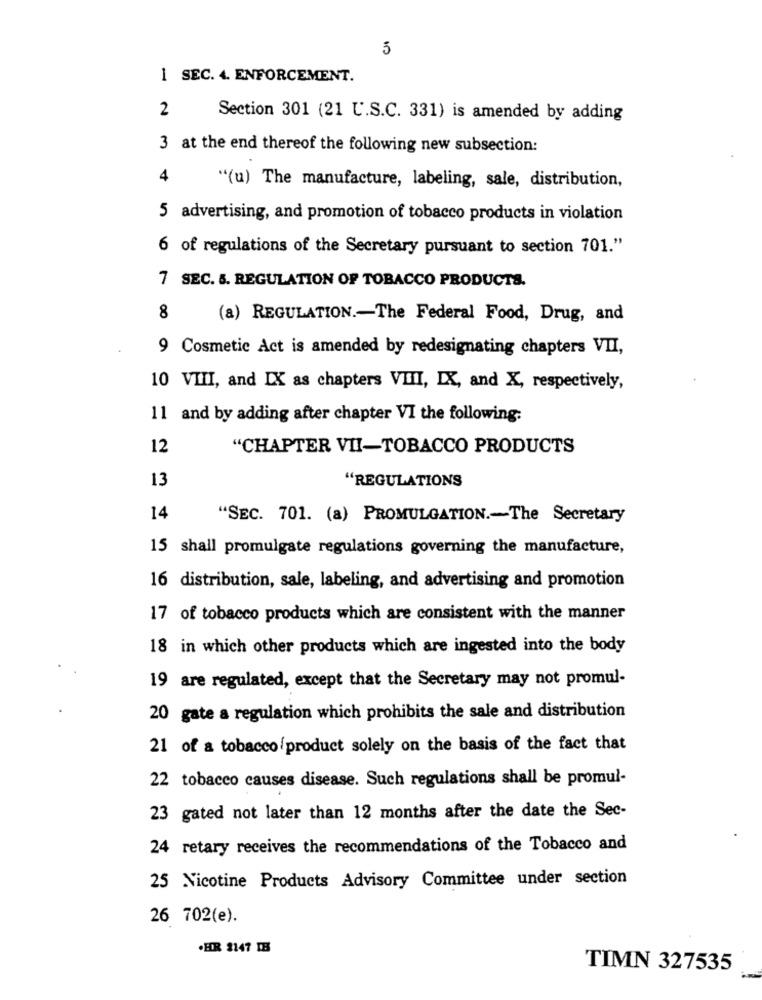
5
1 SEC. 4. ENFORCEMENT.
2
Section 301 (21 U.S.C. 331) is amended by adding
3 at the end thereof the following new subsection:
4
"(u) The manufacture, labeling, sale, distribution,
5 advertising, and promotion of tobacco products in violation
6 of regulations of the Secretary pursuant to section 701."
7 SEC. 5. REGULATION OF TOBACCO PRODUCTS.
8
(a) REGULATION .- The Federal Food, Drug, and
9 Cosmetic Act is amended by redesignating chapters VII,
10 VIII, and IX as chapters VIII, IX, and X, respectively,
11 and by adding after chapter VI the following:
12
"CHAPTER VII-TOBACCO PRODUCTS
13
"REGULATIONS
14
"SEC. 701. (a) PROMULGATION .- The Secretary
15 shall promulgate regulations governing the manufacture,
16 distribution, sale, labeling, and advertising and promotion
17 of tobacco products which are consistent with the manner
18 in which other products which are ingested into the body
19 are regulated, except that the Secretary may not promul-
20 gate a regulation which prohibits the sale and distribution
21 of a tobacco product solely on the basis of the fact that
22 tobacco causes disease. Such regulations shall be promul-
23 gated not later than 12 months after the date the Sec-
24 retary receives the recommendations of the Tobacco and
25 Nicotine Products Advisory Committee under section
26 702(e).
.HR 2147 IB
TIMN 327535